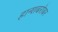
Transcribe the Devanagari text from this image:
हान्शबरोबर